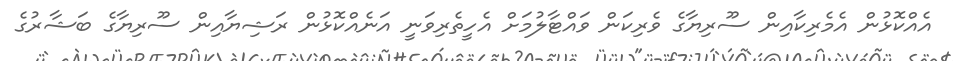
އެއްކޮޅުން އެމެރިކާއިން ސޫރިޔާގެ ވެރިކަން ވައްޓާލުމަށް އެހީތެރިވަނީ އަނެއްކޮޅުން ރަޝިޔާއިން ސޫރިޔާގެ ބަޝާރުގެ